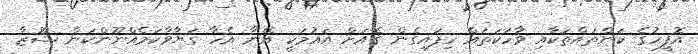
އޮފީހުގެ ކަންތައްތަކާއި ވާހަކަތައް ހިފައިގެން ގެއަށް އައުމަކީ އޭނާ އެހާ ގަޔާވާކަމެއްނޫންކަން ޝޫޒާ